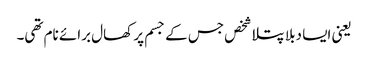
یعنی ایسا دبلا پتلا شخص جس کے جسم پر کھال برائے نام تھی۔